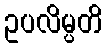
ဥပလိမ္ပတိ